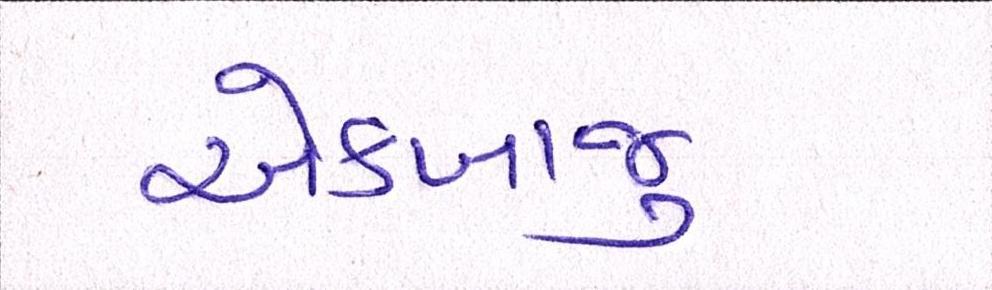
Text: એકબાજુ